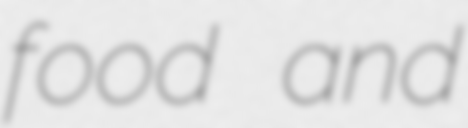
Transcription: food and